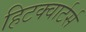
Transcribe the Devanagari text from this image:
हिटक्वार्टर्स